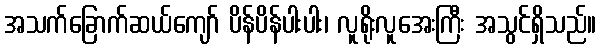
အသက်ခြောက်ဆယ်ကျော် ပိန်ပိန်ပါးပါး၊ လူရိုးလူအေးကြီး အသွင်ရှိသည်။